Vaccine operations Central Provinces 1886-1899 - 1886-1899
Year: 1886
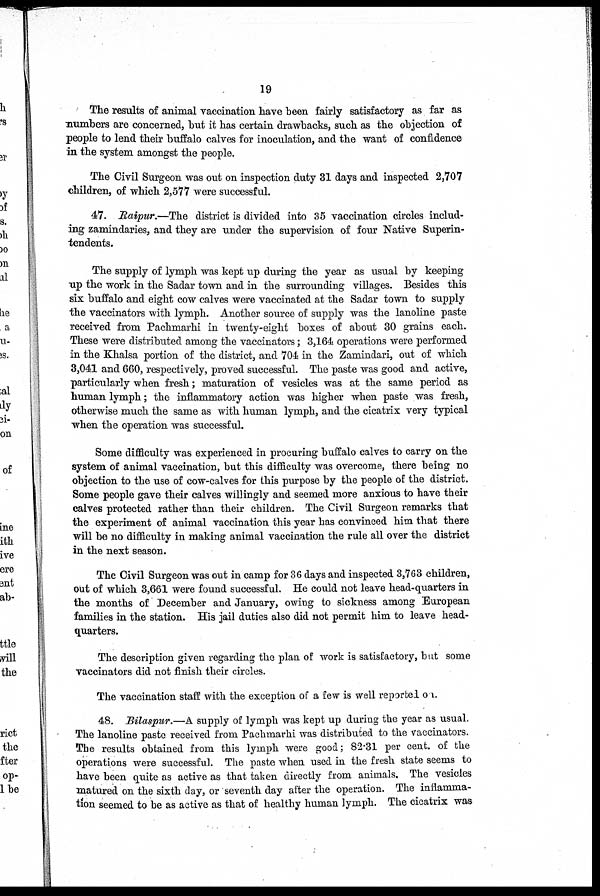
19
The results of animal vaccination have been fairly satisfactory as far as
numbers are concerned, but it has certain drawbacks, such as the objection of
people to lend their buffalo calves for inoculation, and the want of confidence
in the system amongst the people.
The Civil Surgeon was out on inspection duty 31 days and inspected 2,707
children, of which 2,577 were successful.
47. Raipur.—The district is divided into 35 vaccination circles includ-
ing zamindaries, and they are under the supervision of four Native Superin-
tendents.
The supply of lymph was kept up during the year as usual by keeping
up the work in the Sadar town and in the surrounding villages. Besides this
six buffalo and eight cow calves were vaccinated at the Sadar town to supply
the vaccinators with lymph. Another source of supply was the lanoline paste
received from Pachmarhi in twenty-eight boxes of about 30 grains each.
These were distributed among the vaccinators; 3,164 operations were performed
in the Khalsa portion of the district, and 704 in the Zamindari, out of which
3,041 and 660, respectively, proved successful. The paste was good and active,
particularly when fresh; maturation of vesicles was at the same period as
human lymph; the inflammatory action was higher when paste was fresh,
otherwise much the same as with human lymph, and the cicatrix very typical
when the operation was successful.
Some difficulty was experienced in procuring buffalo calves to carry on the
system of animal vaccination, but this difficulty was overcome, there being no
objection to the use of cow-calves for this purpose by the people of the district.
Some people gave their calves willingly and seemed more anxious to have their
calves protected rather than their children. The Civil Surgeon remarks that
the experiment of animal vaccination this year has convinced him that there
will be no difficulty in making animal vaccination the rule all over the district
in the next season.
The Civil Surgeon was out in camp for 36 days and inspected 3,763 children,
out of which 3,661 were found successful. He could not leave head-quarters in
the months of December and January, owing to sickness among European
families in the station. His jail duties also did not permit him to leave head-
quarters.
The description given regarding the plan of work is satisfactory, but some
vaccinators did not finish their circles.
The vaccination staff with the exception of a few is well reported on.
48. Bilaspur.—A supply of lymph was kept up during the year as usual.
The lanoline paste received from Pachmarhi was distributed to the vaccinators.
The results obtained from this lymph were good; 82.31 per cent. of the
operations were successful. The paste when used in the fresh state seems to
have been quite as active as that taken directly from animals. The vesicles
matured on the sixth day, or seventh day after the operation. The inflamma-
tion seemed to be as active as that of healthy human lymph. The cicatrix was